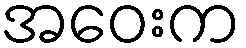
အဝေးက